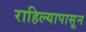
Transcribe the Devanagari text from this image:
राहिल्यापासून